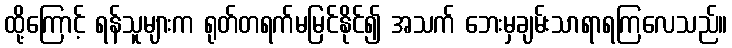
ထို့ကြောင့် ရန်သူများက ရုတ်တရက်မမြင်နိုင်၍ အသက် ဘေးမှချမ်းသာရာရကြလေသည်။